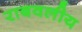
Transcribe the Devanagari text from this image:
राबवलीय